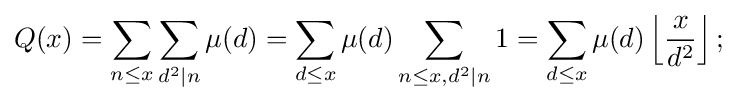
Q(x)=\sum _{n\leq x}\sum _{d^{2}\mid n}\mu (d)=\sum _{d\leq x}\mu (d)\sum _{n\leq x,d^{2}\mid n}1=\sum _{d\leq x}\mu (d)\left\lfloor {\frac {x}{d^{2}}}\right\rfloor ;